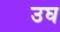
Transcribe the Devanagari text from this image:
उघ